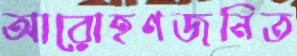
আরোহণজনিত